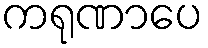
ကရုဏာပေ